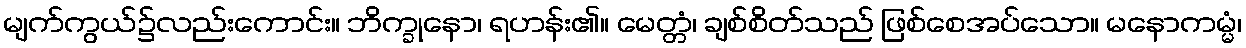
မျက်ကွယ်၌လည်းကောင်း။ ဘိက္ခုနော၊ ရဟန်း၏။ မေတ္တံ၊ ချစ်စိတ်သည် ဖြစ်စေအပ်သော။ မနောကမ္မံ၊